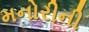
મનોરીની